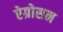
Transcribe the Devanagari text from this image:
ऐग्रोसन